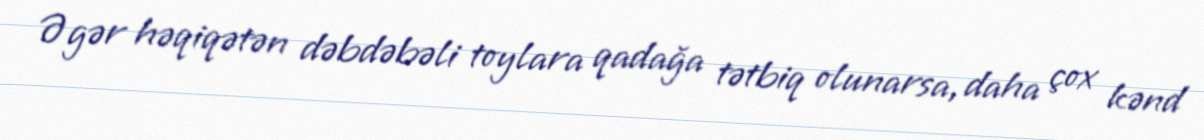
Əgər həqiqətən dəbdəbəli toylara qadağa tətbiq olunarsa, daha çox kənd